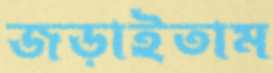
জড়াইতাম